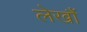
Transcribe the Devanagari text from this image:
लेखौं